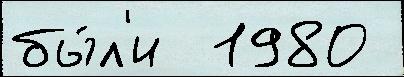
бы́л'и  1980